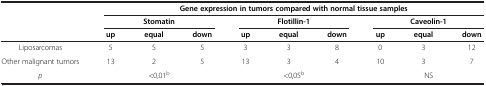
|  | <COLSPAN=9> Gene expression in tumors compared with normal tissue samples |
 |  | <COLSPAN=3> Stomatin | <COLSPAN=3> Flotillin-1 | <COLSPAN=3> Caveolin-1 |
 |  | up | equal | down | up | equal | down | up | equal | down |
 | --- | --- | --- | --- | --- | --- | --- | --- | --- | --- |
 | Liposarcomas | 5 | 5 | 5 | 3 | 3 | 8 | 0 | 3 | 12 |
 | Other malignant tumors | 13 | 2 | 5 | 13 | 3 | 4 | 10 | 3 | 7 |
 | p | <COLSPAN=3> <0,01b | <COLSPAN=3> <0,05b | <COLSPAN=3> NS |